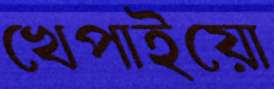
খেপাইয়ো